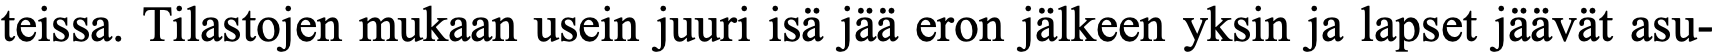
teissa. Tilastojen mukaan usein juuri isä jää eron jälkeen yksin ja lapset jäävät asu-